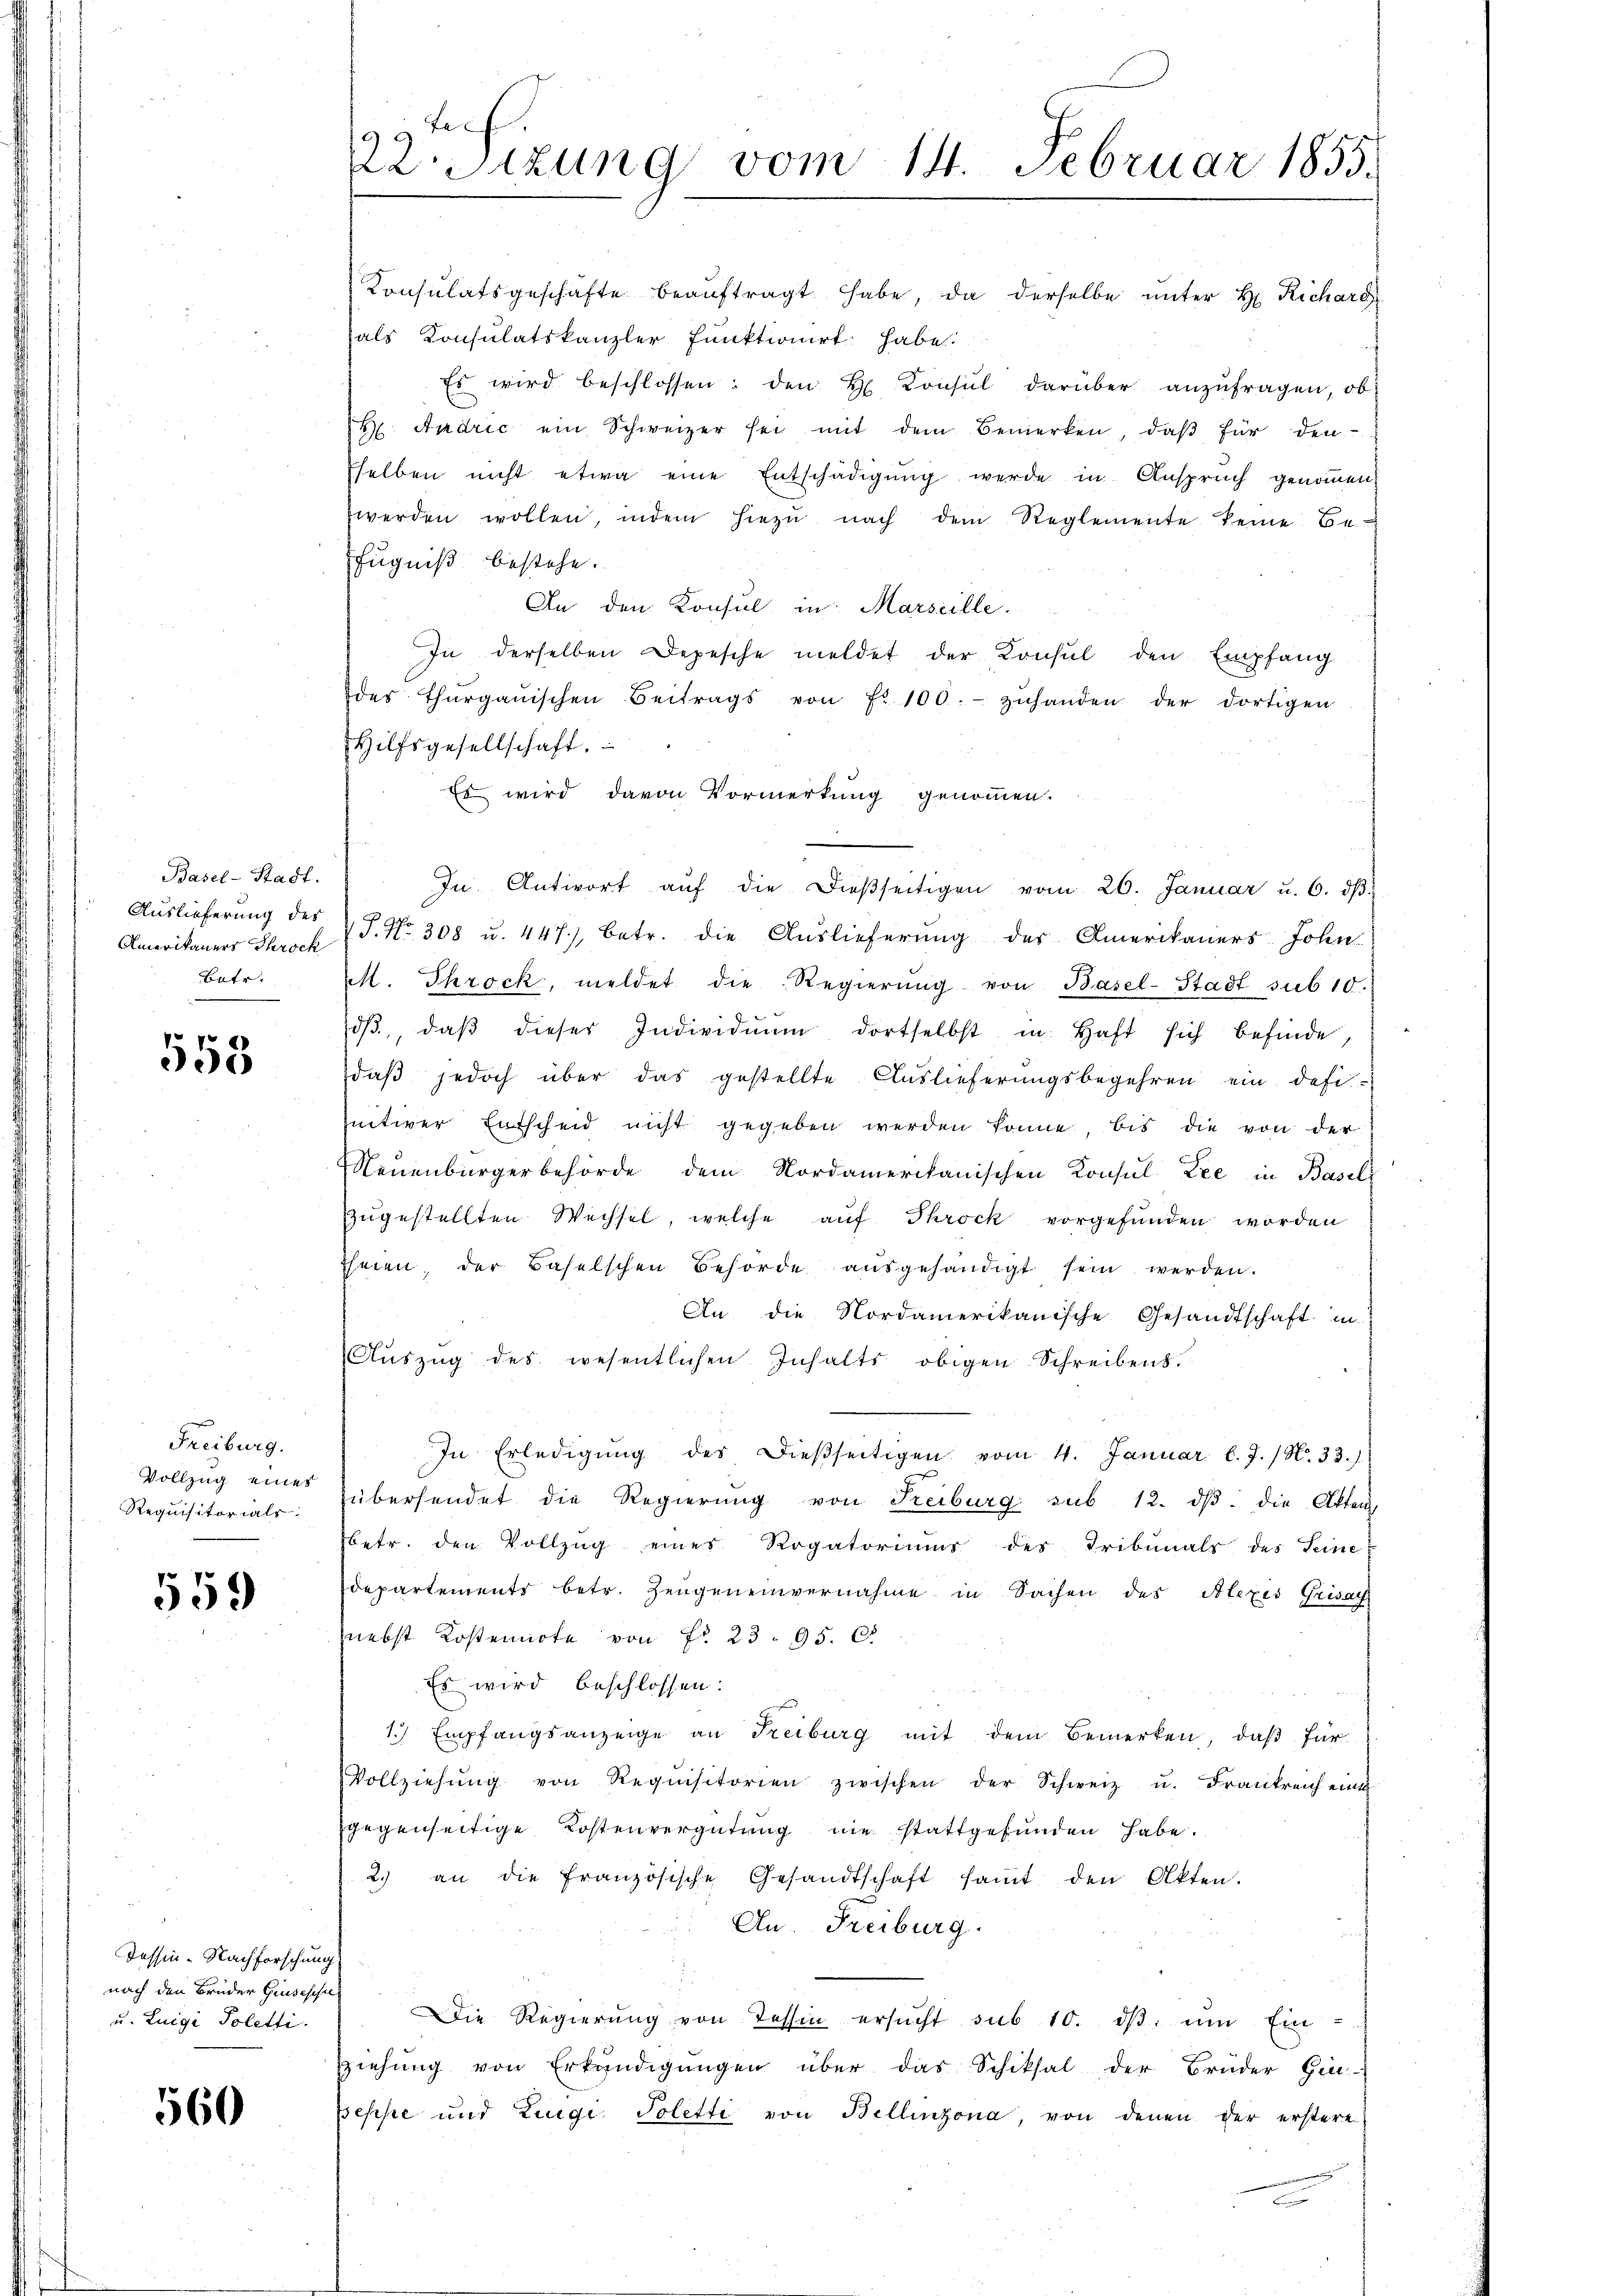
Basel-Stadt.
Auslieferung des
Amerikaners Throck
Bate.

558

Freiburg.
Vollzug eines
Requisitorials.

559

Tessin-Nachforschung
nach den Bruder Grusisches
u. Luigi Poletti.

560

i
22. Sitzung vom 14. Februar 1855.

Konsulatsgeschäfte beaŭftragt habe, da derselbe unter H. Richard
als Konsulatskanzler funktionirt habe.
Es wird beschlossen: den H. Konsul darüber anzŭfragen, ob
H. Andrić ein Schweizer sei mit dem Bemerken, daβ für den-
selben nicht etwa eine Entschädigung werde in Anspruch genommen
werden wollen, indem hiezu nach dem Reglemente keine Be-
fugniß bestehe.
An den Konsul in Marseille
In derselben Depesche meldet der Konsul den Empfang
des Thurgauischen Beitrags von Fr. 100.- zŭhanden der dortigen
Hilfsgesellschaft.
Es wird davon Vormerkung genommen.
In Antwort aŭf die dießseitigen vom 20. Januar u. 6. dβ
P. Nr. 308 u. 447), betr. die Auslieferung der Amerikaners John.
M. Throck, meldet die Regierŭng von Basel-Stadt sub 10.
dβ, daβ dieser Individuum dortselbst in Haft sich befinde,
daß jedoch über das gestellte Auslieferungsbegehren ein defi-
nitiver Entscheid nicht gegeben werden könne, bis die von der
Neuenburgerbehörde dem Nordamerikanischen Konsul Lee in Basel
zŭgestellten Wechsel, welche auf Throck vorgefunden worden
ihnen, der Baselschen Behörde aŭsgehändigt sein werden.
An die Nordamerikanische Gesandtschaft in
Aŭszŭg des wesentlichen Inhalts obigen Schreibens.
In Erledigŭng des dießseitigen vom 4. Januar l. J. (N. 33.
übersendet die Regierung von Freiburg sub 12. dβ die Akten
betr. den Vollzug eines Rogatoriums des Tribunals des Seine
departements betr. Zeugeneinvernahme in Sachen des Alexis Grisat
nebst Kostennote von No 23. 95. 6
Es wird beschlossen:
1.) Empfangsanzeige an Freiburg mit dem Bemerken, daß für
Vollziehŭng von Requisitorien zwischen der Schweiz u. Frankreich eint
gegenseitige Kostenvergütung nie stattgefunden habe.
2.) an die französische Gesandtschaft saṁt den Akten.
An. Freiburg.
Die Regierung von Tessin ersŭcht sub 10. dβ. um Einziehŭng von Erkundigŭngen über das Schiksal der Brüder Gin-
Iseppe und Luigi, Toletti von Bellinzona von denen der erstere
t